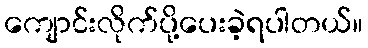
ကျောင်းလိုက်ပို့ပေးခဲ့ရပါတယ်။